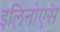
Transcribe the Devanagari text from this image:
इलिनोएस